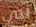
لدي